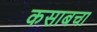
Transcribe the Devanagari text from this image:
कसाबचा